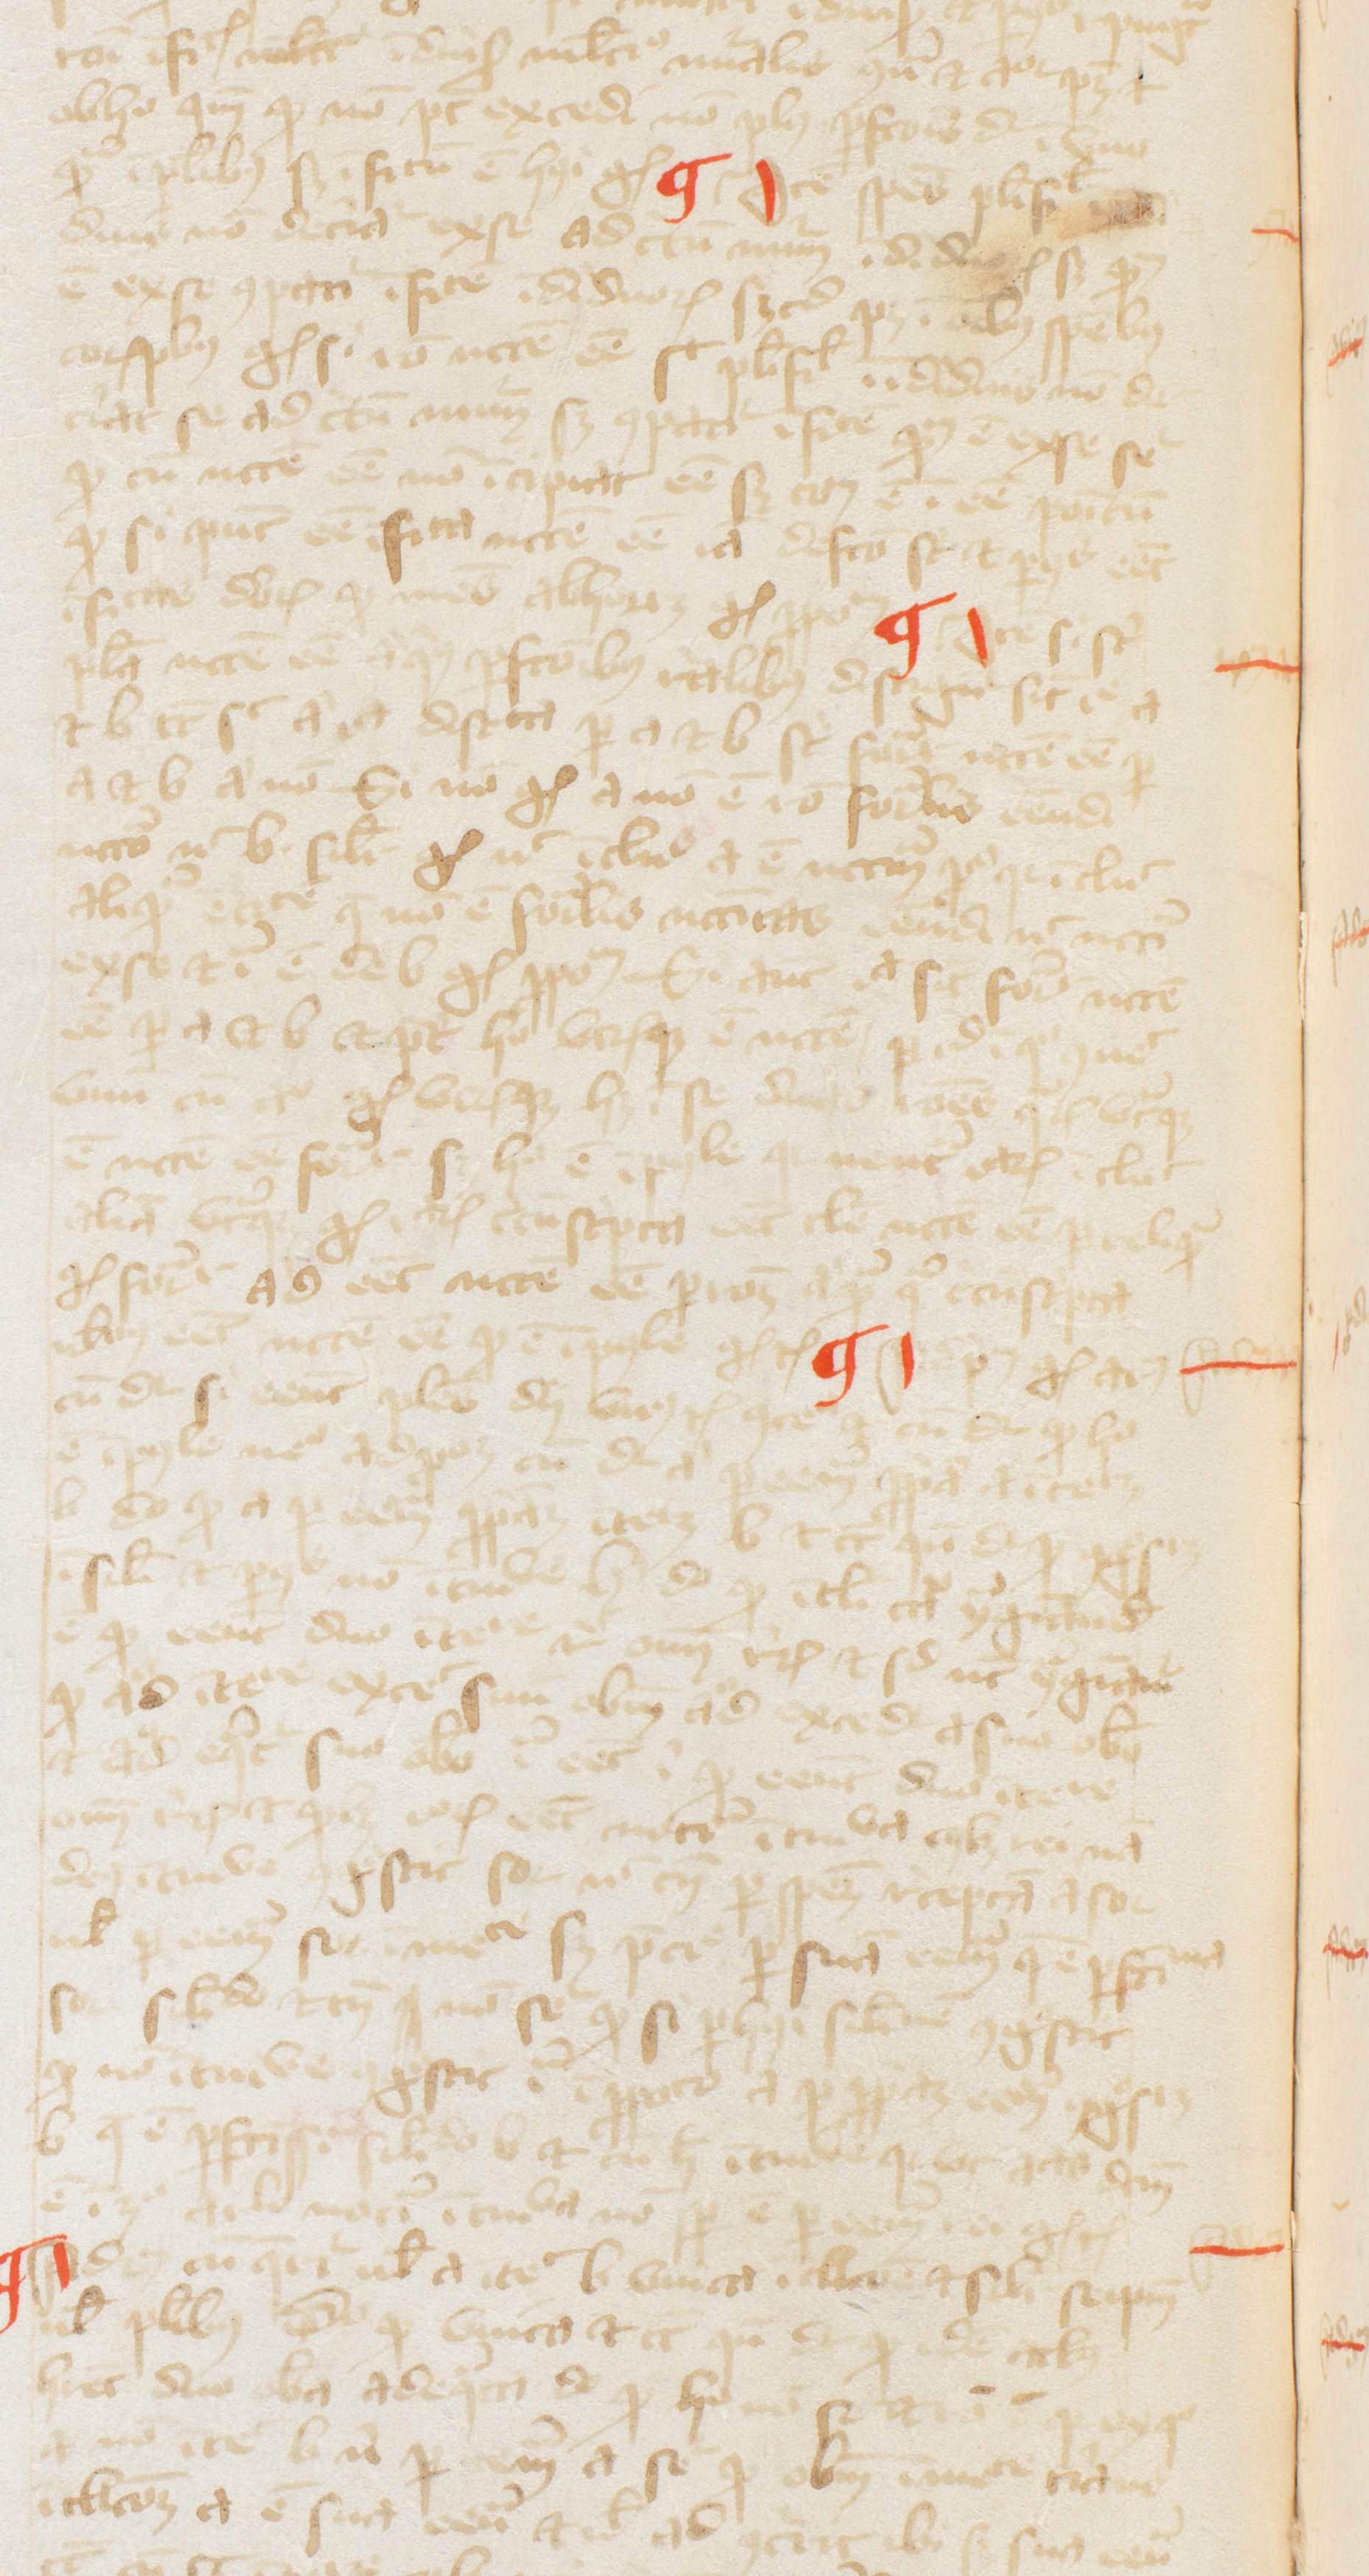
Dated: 1380–1389